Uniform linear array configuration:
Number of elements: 64
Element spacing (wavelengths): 0.75
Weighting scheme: hamming
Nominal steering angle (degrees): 15
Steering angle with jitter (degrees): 13.362
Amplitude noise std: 0.05
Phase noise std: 0.05

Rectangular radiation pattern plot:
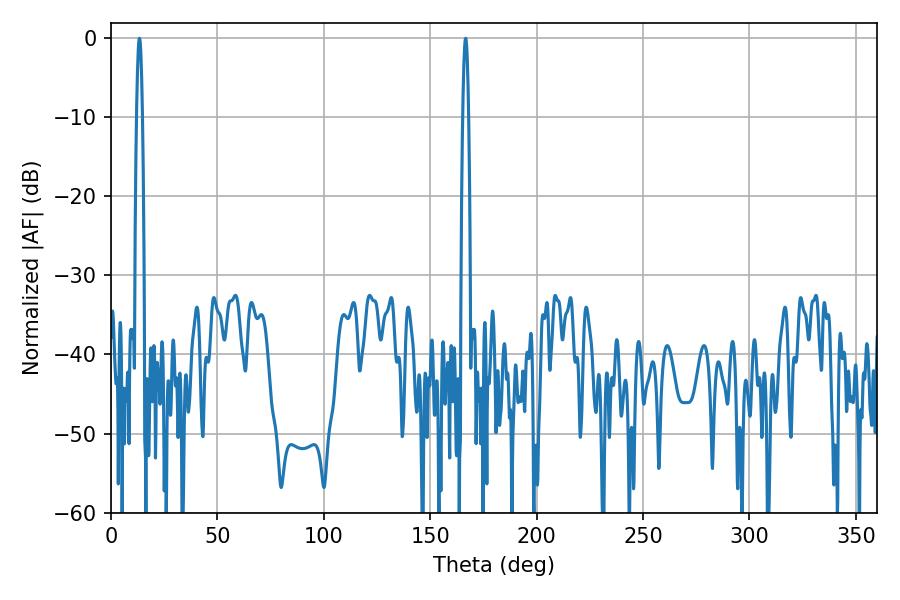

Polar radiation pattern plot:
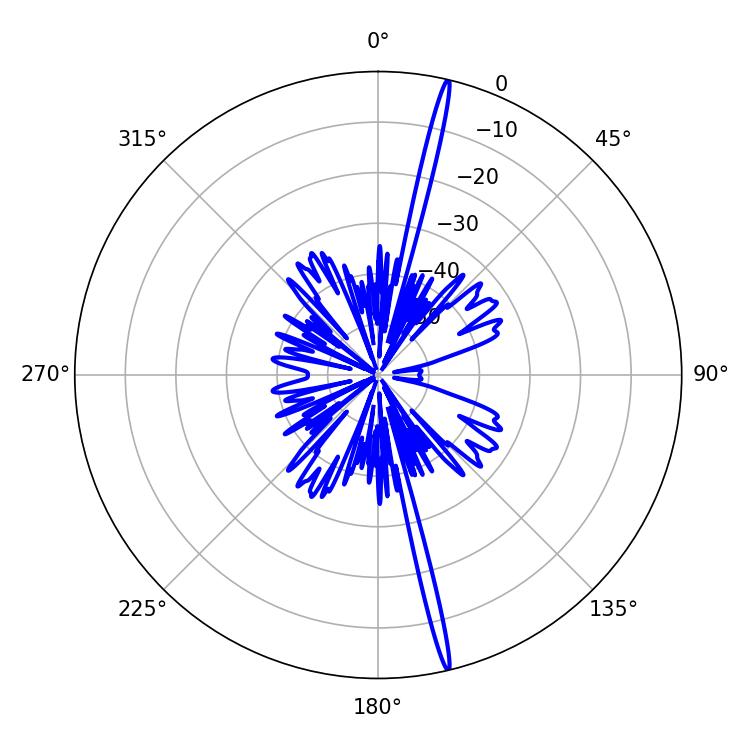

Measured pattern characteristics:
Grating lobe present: TRUE
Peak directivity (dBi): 21.644
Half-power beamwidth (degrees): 1.44
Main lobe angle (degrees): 13.32